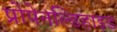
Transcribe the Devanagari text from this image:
प्रोपेनल्डिहाइड